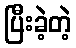
ပြီးခဲ့တဲ့